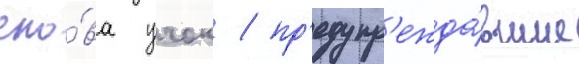
сло́ва учок / пр'едупр'ежда́вшие